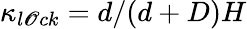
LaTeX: \kappa_{l\mathscr{O}ck}=d/(d+D)H